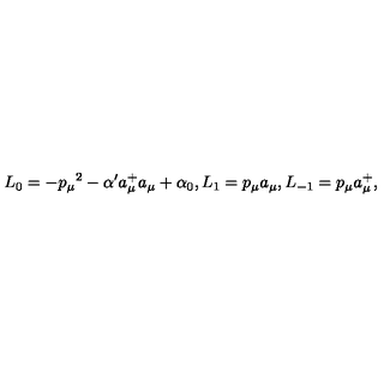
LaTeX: L _ { 0 } = - { p _ { \mu } } ^ { 2 } - \alpha ^ { \prime } a _ { \mu } ^ { + } a _ { \mu } + \alpha _ { 0 } , L _ { 1 } = p _ { \mu } a _ { \mu } , L _ { - 1 } = p _ { \mu } a _ { \mu } ^ { + } ,